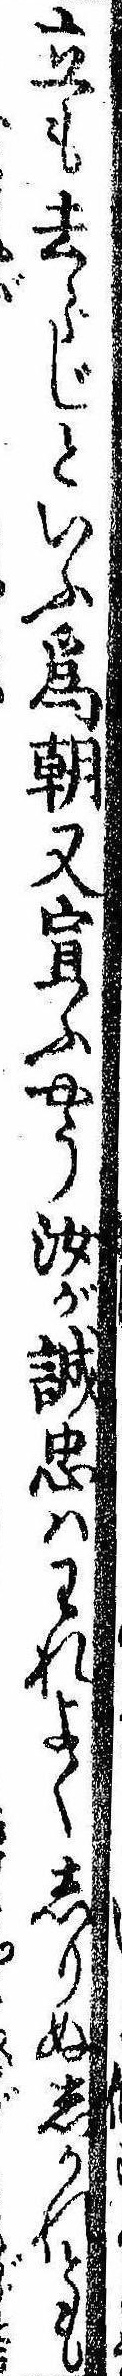
立も去らじといふ為朝又宣ふやう汝が誠忠はわれよくしりぬしかれども